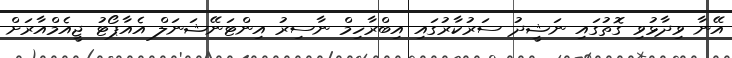
އޭނާ ވިދާޅުވި ގޮތުގައި ނަޝީދު ސަރުކާރުގައި އިބްރާހިމް ނާސިރު އިންޓަނޭޝަނަލް އެއާޕޯޓު ޖީއެމްއާރަށް